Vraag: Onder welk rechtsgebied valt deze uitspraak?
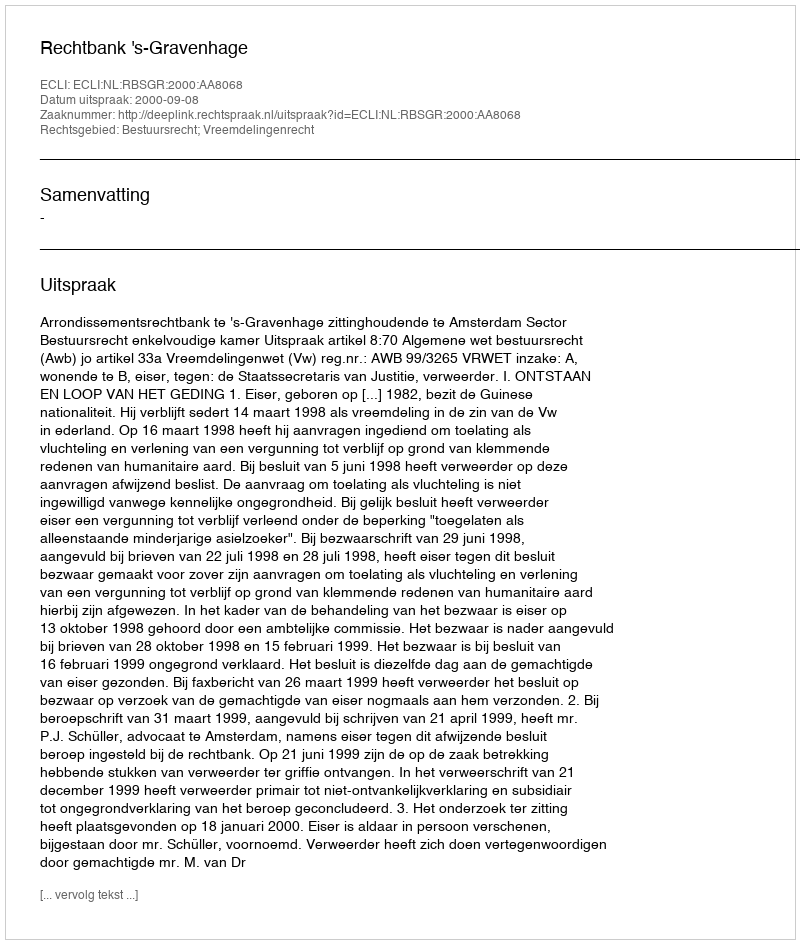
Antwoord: Bestuursrecht; Vreemdelingenrecht